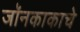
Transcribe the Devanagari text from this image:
जॉनकाकाचे